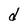
Character: d